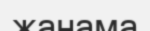
жанама